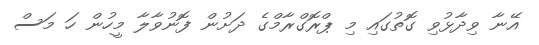
އޭނާ ވިދާޅުވި ގޮތުގައި މި ޕްރޮގްރާމްގެ ދަށުން ފޮނުވާލާ މީހުން ހަ މަސް